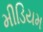
મીડિયમ